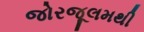
જોરજૂલમથી